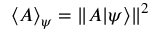
\langle A \rangle _ { \psi } = \| A | \psi \rangle \| ^ { 2 }